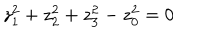
z _ { 1 } ^ { 2 } + z _ { 2 } ^ { 2 } + z _ { 3 } ^ { 2 } - z _ { 0 } ^ { 2 } = 0